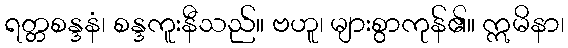
ရတ္တစန္ဒနံ၊ စန္ဒကူးနီသည်။ ဗဟူ၊ များစွာကုန်၏။ ဣမိနာ၊